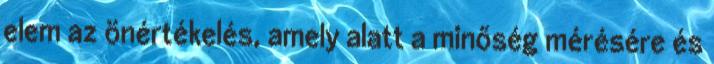
elem az önértékelés, amely alatt a minőség mérésére és